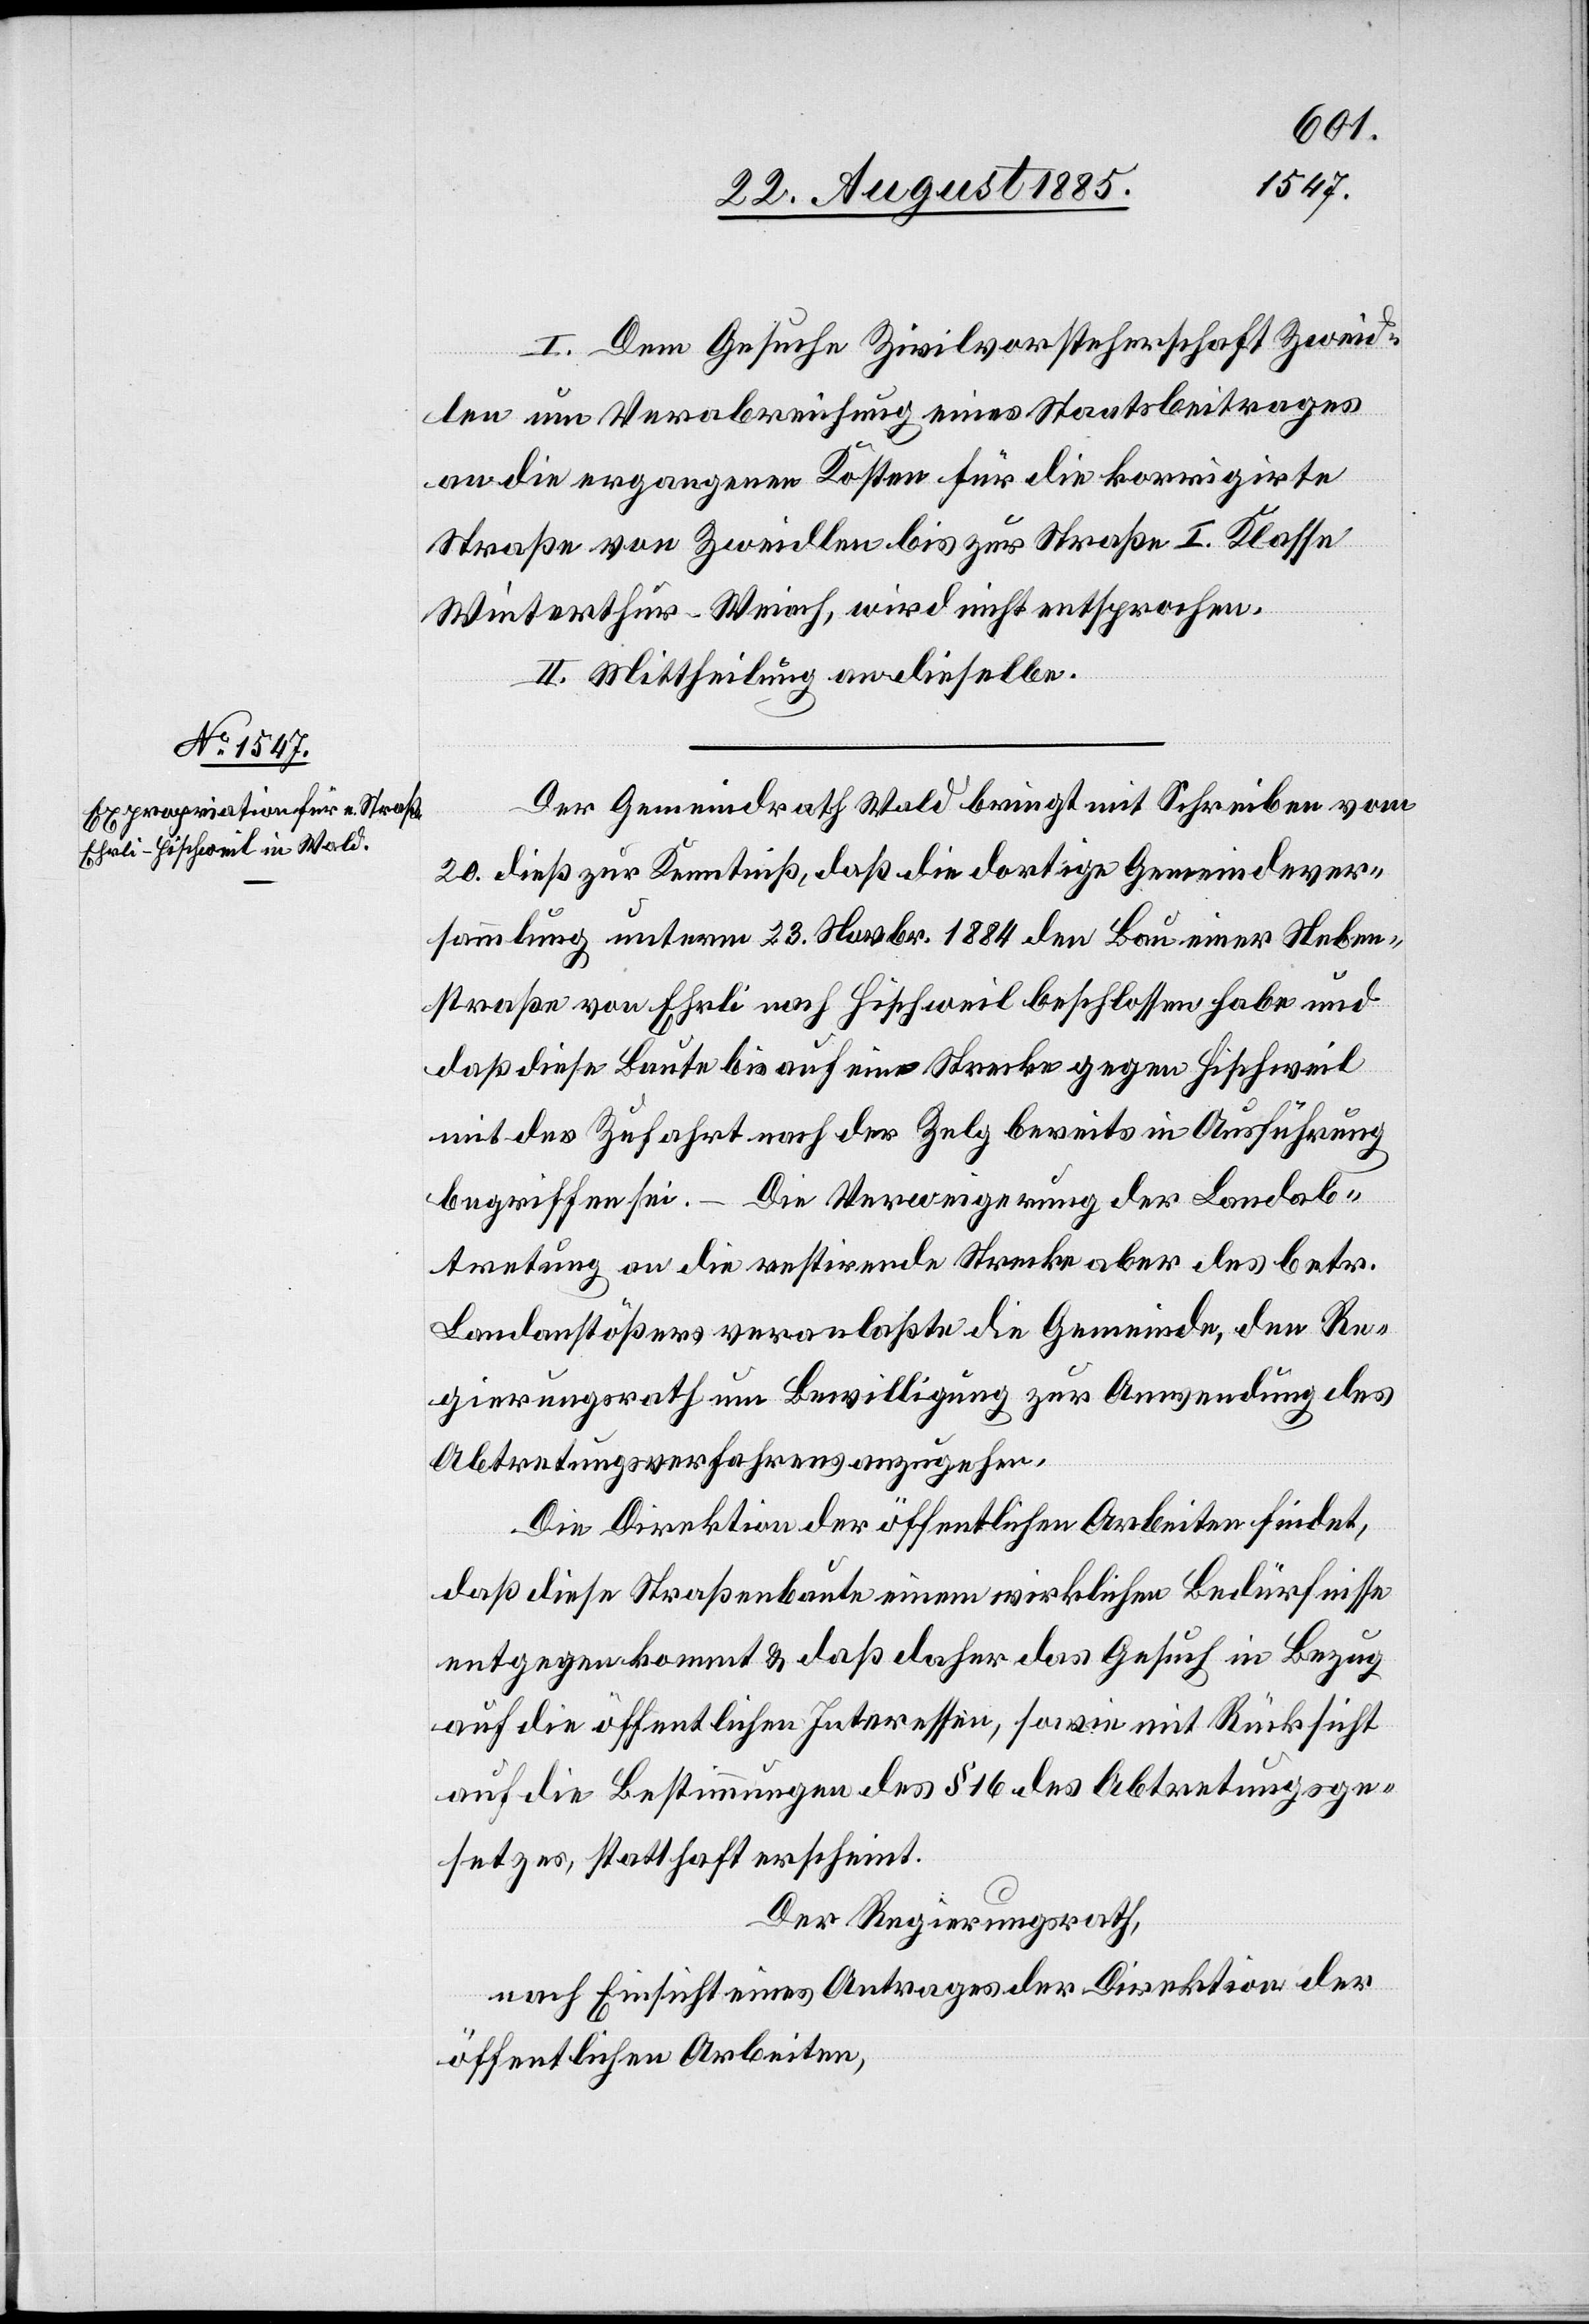
I. Dem Gesuche [der] Zivilvorsteherschaft Zweid¬
len um Verabreichung eines Staatsbeitrages
an die ergangenen Kosten für die korrigirte
Straße von Zweidlen bis zur Straße I. Klasse
Winterthur–Weiach, wird nicht entsprochen.
II. Mittheilung an dieselbe.
Der Gemeindrath Wald bringt mit Schreiben vom
20. dieß zur Kenntniß, daß die dortige Gemeindever¬
sammlung unterm 23. Novbr. 1884 den Bau einer Neben¬
straße von Ehrli nach Hischweil beschlossen habe und
daß diese Baute bis auf eine Strecke gegen Hischweil
mit der Zufahrt nach der Zelg bereits in Ausführung
begriffen sei. – Die Verweigerung der Landab¬
tretung an die restirende Strecke aber des betr.
Landanstößers veranlaßte die Gemeinde, den Re¬
gierungsrath um Bewilligung zur Anwendung des
Abtretungsverfahrens anzugehen.
Die Direktion der öffentlichen Arbeiten findet,
daß diese Straßenbaute einem wirklichen Bedürfnisse
entgegen kommt & daß daher das Gesuch in Bezug
auf die öffentlichen Interessen, sowie mit Rücksicht
auf die Bestimmungen des § 16 des Abtretungsge¬
setzes, statthaft erscheint.
Der Regierungsrath,
nach Einsicht eines Antrages der Direktion der
öffentlichen Arbeiten,